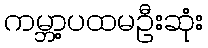
ကမ္ဘာ့ပထမဦးဆုံး